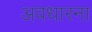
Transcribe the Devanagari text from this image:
अवधारना